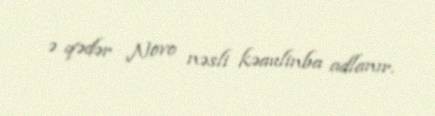
ə qədər Novo nəsli kəaulinba adlanır.